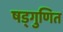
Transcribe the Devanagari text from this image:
षड्गुणित